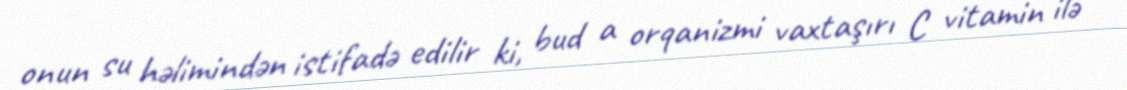
onun su həlimindən istifadə edilir ki, bud a orqanizmi vaxtaşırı C vitamin ilə